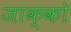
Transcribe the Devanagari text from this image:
जाक्को